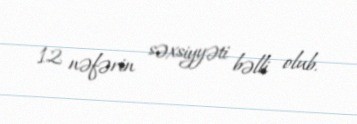
12 nəfərin səxsiyyəti bəlli olub.